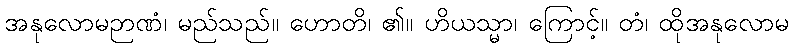
အနုလောမဉာဏံ၊ မည်သည်။ ဟောတိ၊ ၏။ ဟိယသ္မာ၊ ကြောင့်။ တံ၊ ထိုအနုလောမ